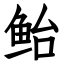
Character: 鲐